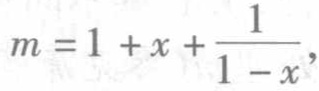
\(m = 1 + x + \frac{1}{1 - x}\)